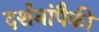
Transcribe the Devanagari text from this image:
दर्शनांपैकी